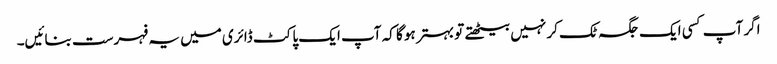
اگر آپ کسی ایک جگہ ٹک کر نہیں بیٹھتے تو بہتر ہو گا کہ آپ ایک پاکٹ ڈائری میں یہ فہرست بنائیں۔